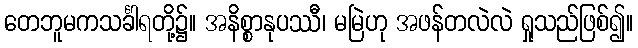
တေဘူမကသင်္ခါရတို့၌။ အနိစ္စာနုပဿီ၊ မမြဲဟု အဖန်တလဲလဲ ရှုသည်ဖြစ်၍။